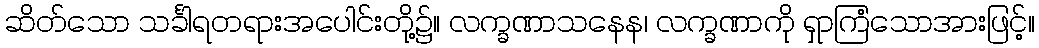
ဆိတ်သော သင်္ခါရတရားအပေါင်းတို့၌။ လက္ခဏာသနေန၊ လက္ခဏာကို ရှာကြံသောအားဖြင့်။